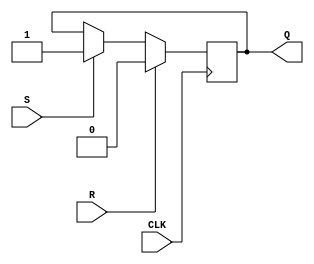
module sr_flipflop (
    input S,
    input R,
    input CLK,
    output reg Q
);

always @(posedge CLK) begin
    if (R) begin
        Q <= 1'b0;
    end else if (S) begin
        Q <= 1'b1;
    end
end

endmodule